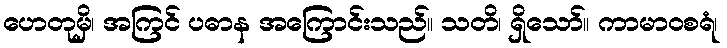
ဟေတုမှိ၊ အကြင် ပဓာန အကြောင်းသည်။ သတိ၊ ရှိသော်။ ကာမာဝစရံ၊